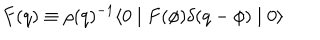
F ( q ) \equiv \rho ( q ) ^ { - 1 } \langle 0 \mid F ( \phi ) \delta ( q - \phi ) \mid 0 \rangle